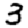
Digit: 3